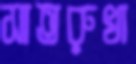
সাতরুখা